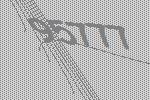
95777